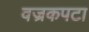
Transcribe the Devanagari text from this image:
वज्रकपटा